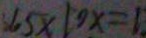
3 6 5 \times 1 0 x = 1